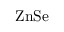
\mathrm { Z n S e }